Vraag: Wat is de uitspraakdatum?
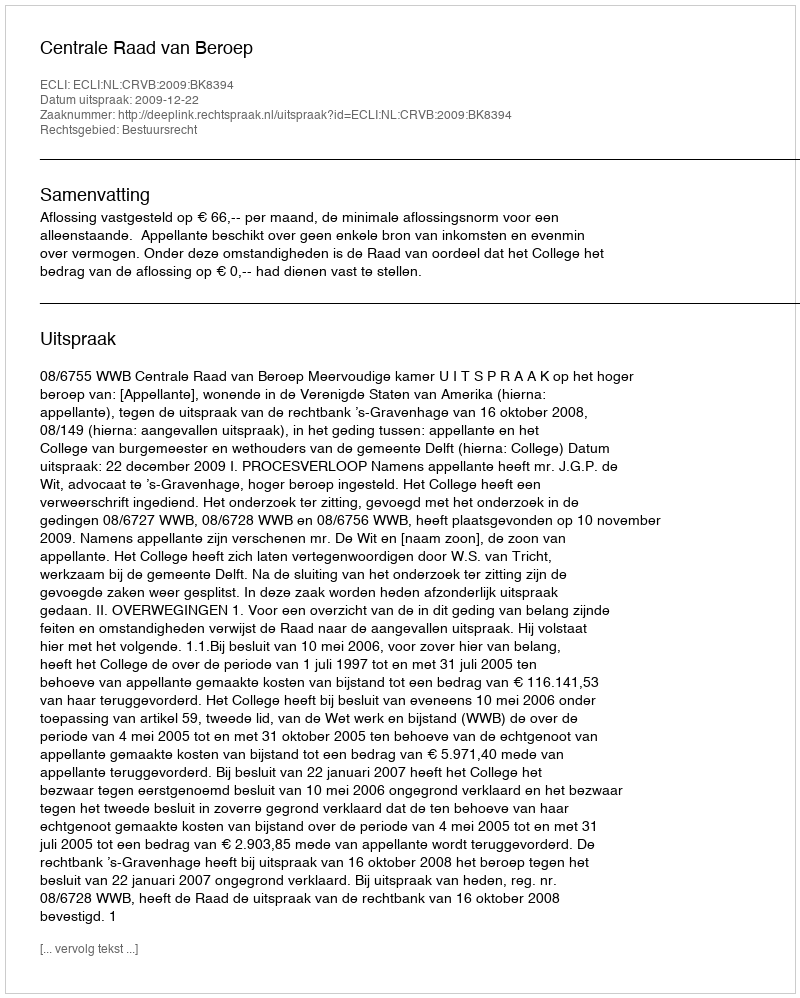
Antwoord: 2009-12-22